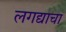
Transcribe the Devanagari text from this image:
लगद्याचा